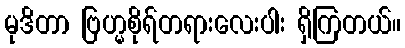
မုဒိတာ ဗြဟ္မစိုရ်တရားလေးပါး ရှိကြတယ်။